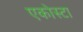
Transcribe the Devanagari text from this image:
एकोस्टा